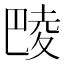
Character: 𱜞